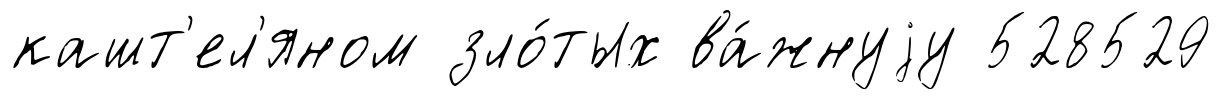
кашт'ел'яном зло́тых ва́жнуjу 528529